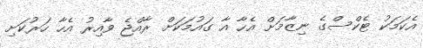
އެކަމަކު ޓެކްސްގެ ނިޒާމަށް އެހާ އާ ގައުމަކަށް ރާއްޖެ ވާއިރު އެހާ ހަރުކަށި